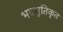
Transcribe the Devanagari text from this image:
भवभूतिकृत